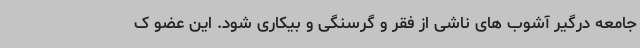
جامعه درگیر آشوب های ناشی از فقر و گرسنگی و بیکاری شود. این عضو ک